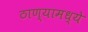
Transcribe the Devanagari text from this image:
ठाण्यामध्ये